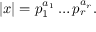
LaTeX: | x | = p _ { 1 } ^ { a _ { 1 } } \ldots p _ { r } ^ { a _ { r } } .